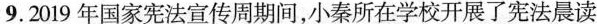
9.2019年国家宪法宣传周期间，小秦所在学校开展了宪法晨读